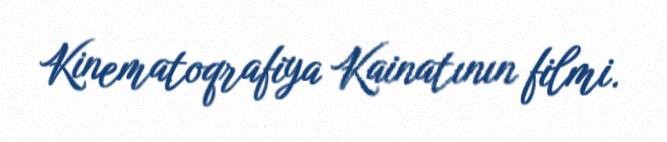
Kinematoqrafiya Kainatının filmi.